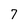
Character: 7